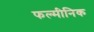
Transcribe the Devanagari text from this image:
फल्मीनिक